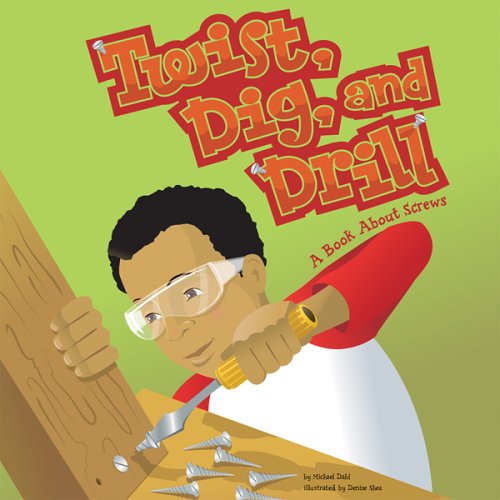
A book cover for Twist, Dig, and Drill: A Book About Screws (Amazing Science: Simple Machines); Michael Dahl; Children's Books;